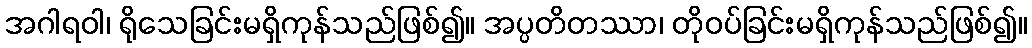
အဂါရဝါ၊ ရိုသေခြင်းမရှိကုန်သည်ဖြစ်၍။ အပ္ပတိတဿာ၊ တိုဝပ်ခြင်းမရှိကုန်သည်ဖြစ်၍။